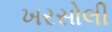
ખરસોલી